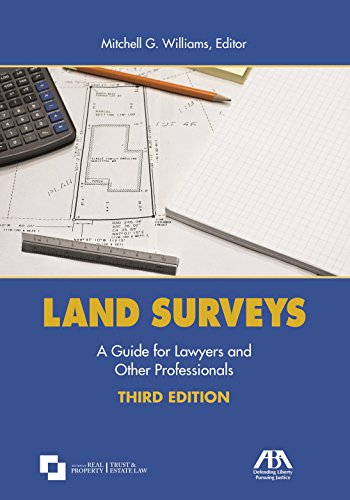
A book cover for Land Surveys: A Guide for Lawyers and Other Professionals; Law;